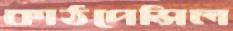
কাঠপেন্সিল